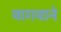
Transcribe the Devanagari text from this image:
वागवाने